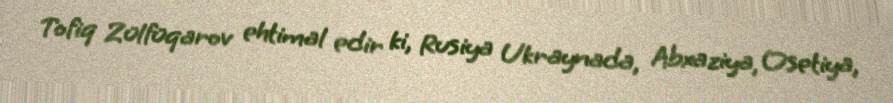
Tofiq Zülfüqarov ehtimal edir ki, Rusiya Ukraynada, Abxaziya, Osetiya,